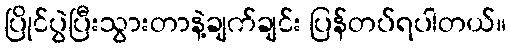
ပြိုင်ပွဲပြီးသွားတာနဲ့ချက်ချင်း ပြန်တပ်ရပါတယ်။